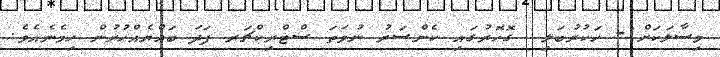
މިސާލަކަށް:- ހަކުރުބަލި  ގޮހޮރުގައި ކެންސަރު ނުވަތަ ސްޓްރިކްޗަރ ފަދަ ބައްޔެއްހުރުން ހިމެނެއެވެ.